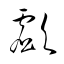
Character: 歔